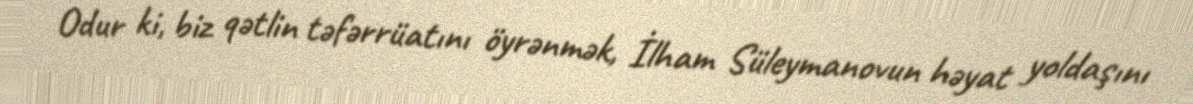
Odur ki, biz qətlin təfərrüatını öyrənmək, İlham Süleymanovun həyat yoldaşını